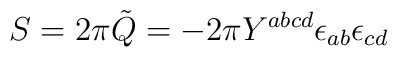
S=2\pi\tilde{Q}=-2\pi Y^{abcd}\epsilon_{ab}{\epsilon}_{cd}